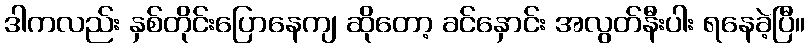
ဒါကလည်း နှစ်တိုင်းပြောနေကျ ဆိုတော့ ခင်နှောင်း အလွတ်နီးပါး ရနေခဲ့ပြီ။